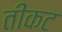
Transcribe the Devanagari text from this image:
तीकट